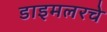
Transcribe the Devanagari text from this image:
डाइमलरचे